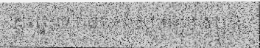
ដូច្នេះទៀតថា «ខ្ញុំសូមឲ្យបងប្អូន